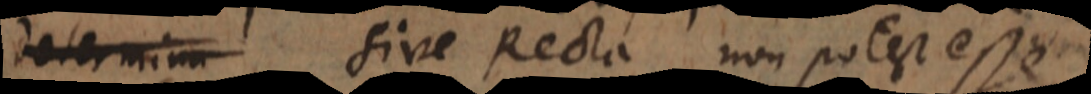
determina sive Recta non potest esse